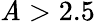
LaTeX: \mathit{A}>2.5